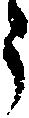
う